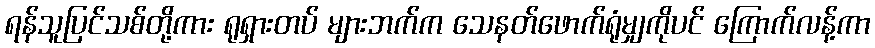
ရန်သူပြင်သစ်တို့ကား ရုရှားတပ် များဘက်က သေနတ်ဖောက်ရုံမျှကိုပင် ကြောက်လန့်ကာ